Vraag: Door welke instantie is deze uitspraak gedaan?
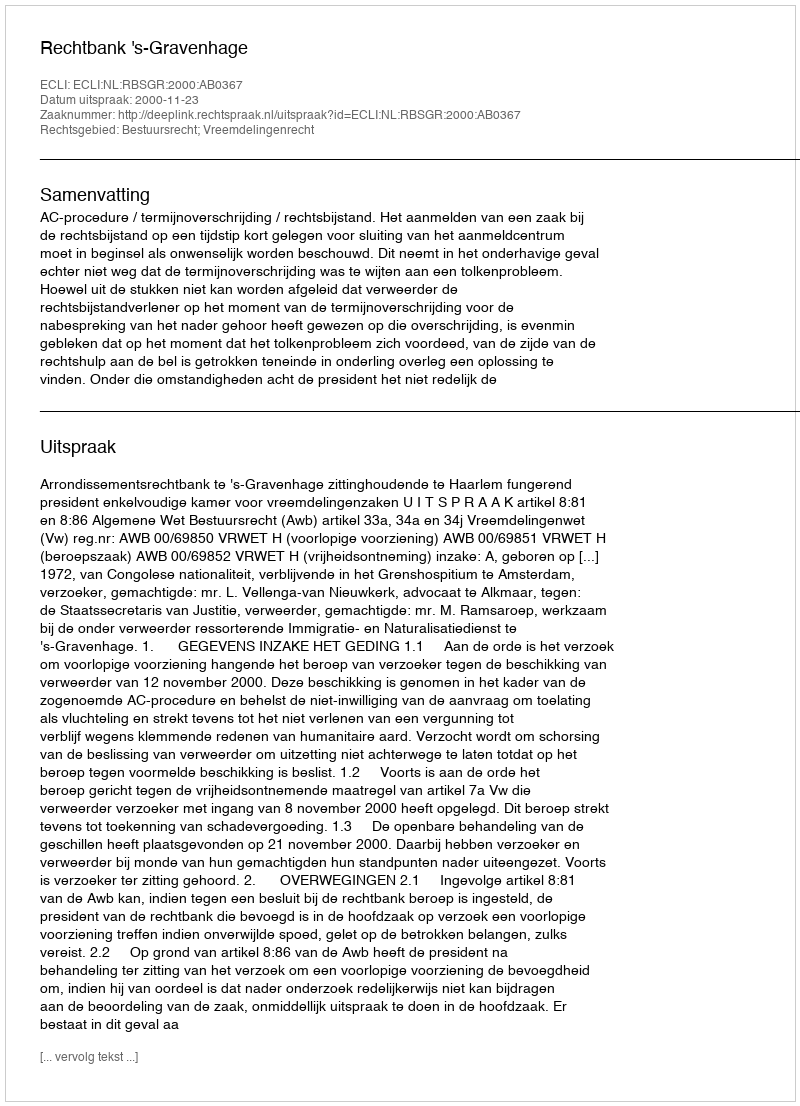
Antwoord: Rechtbank 's-Gravenhage